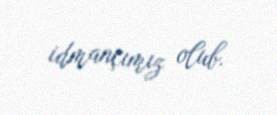
idmançımız olub.